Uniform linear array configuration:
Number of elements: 24
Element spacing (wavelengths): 0.75
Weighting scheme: uniform
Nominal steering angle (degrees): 30
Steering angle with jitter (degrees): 31.184
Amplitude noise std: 0.05
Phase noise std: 0.05

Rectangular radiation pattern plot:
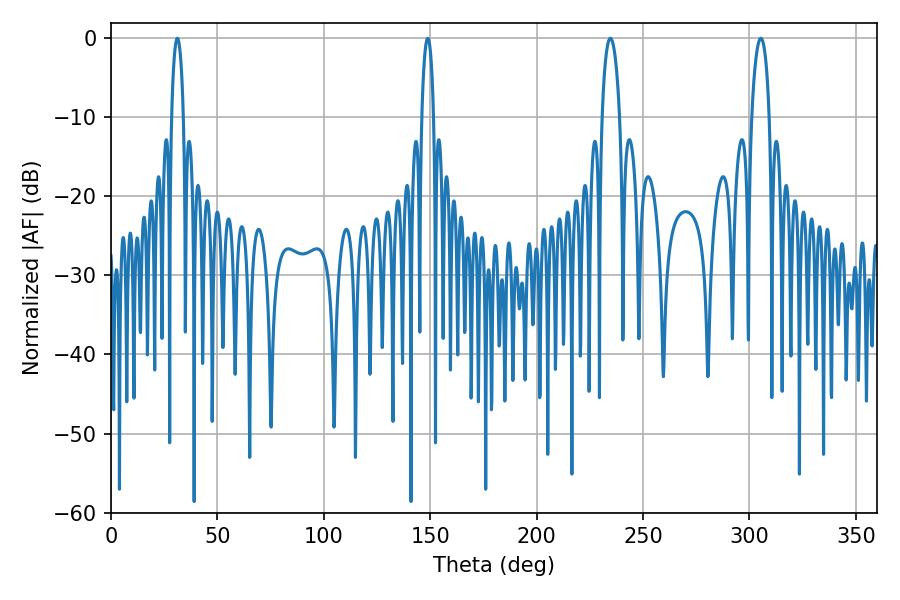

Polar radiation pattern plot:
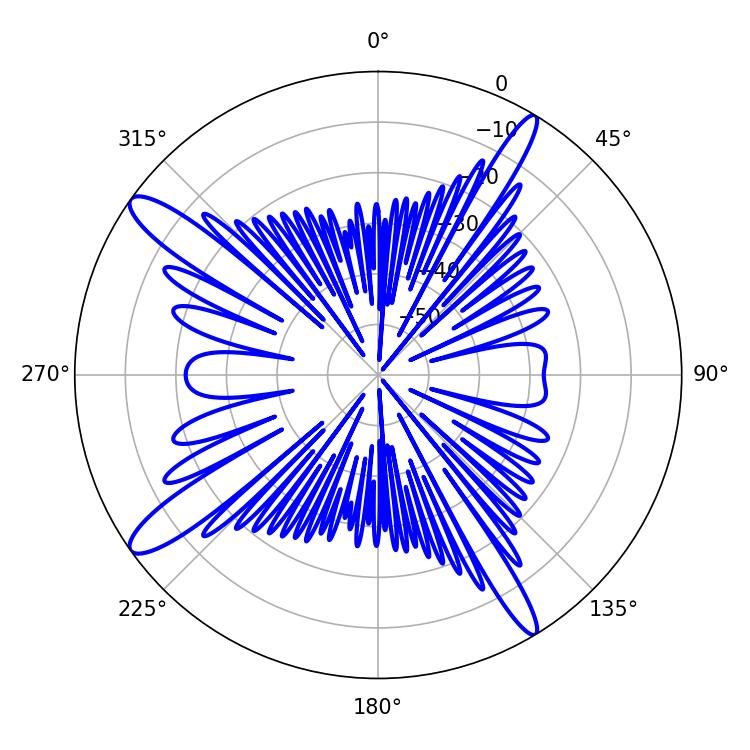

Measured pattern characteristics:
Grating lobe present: TRUE
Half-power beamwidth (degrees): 3.06
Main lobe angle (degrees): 31.14